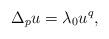
LaTeX: \begin{align*}\Delta_p u = \lambda_0 u^q, \end{align*}